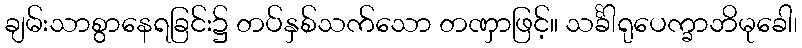
ချမ်းသာစွာနေရခြင်း၌ တပ်နှစ်သက်သော တဏှာဖြင့်။ သင်္ခါရုပေက္ခာဘိမုခေါ၊